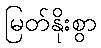
မြတ်နိုးစွာ